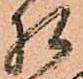
相